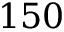
1 5 0